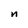
Character: n